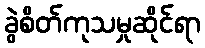
ခွဲစိတ်ကုသမှုဆိုင်ရာ